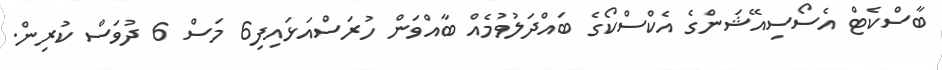
ބާސްކެޓް އެސޯސިއޭޝަންގެ އެކްސްކޯގެ ބައްދަލުވުމެއް ބާއްވަން ހުރަސްއަޅައިފި6 މަސް 6 ދުވަސް ކުރިން.